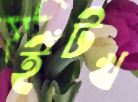
ইঁটখ